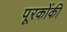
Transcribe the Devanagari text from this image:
पूरकोंकी